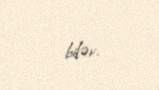
bilər.